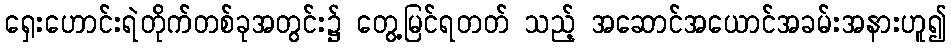
ရှေးဟောင်းရဲတိုက်တစ်ခုအတွင်း၌ တွေ့မြင်ရတတ် သည့် အဆောင်အယောင်အခမ်းအနားဟူ၍